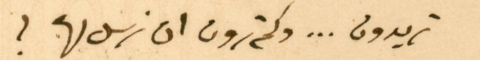
تريدون ... وكم ترون ان نرسل لها؟